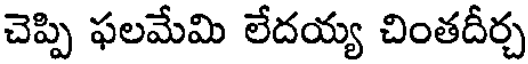
చెప్పి ఫలమేమి లేదయ్య చింతదీర్చ